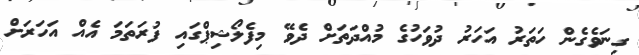
ގިނަވެގެން ހަތަރު އަހަރު ދުވަހުގެ މުއްދަތަށް ދެވޭ މިފެލޯޝިޕްގައި ފުރަތަމަ އެއް އަހަރަށް